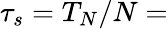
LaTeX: \tau_{s}=T_{N}/N=